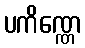
ပကိဏ္ဏေ